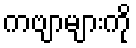
ကဗျာများကို